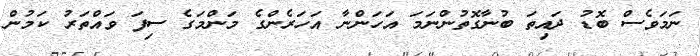
ނަމަވެސް ބޮޑު ދައިތަ ބުނާގޮތުންނަމަ އަހަންނާ އަހަރެންގެ މަންމަގެ ސިފަ ވައްތަރު ކަމުން